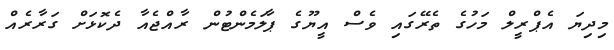
މިދިޔަ އެޕްރީލް މަހުގެ ތެރޭގައި ވެސް އީޔޫގެ ޕާލަމެންޓުން ރާއްޖެއާ ދެކޮޅަށް ގަރާރެއް